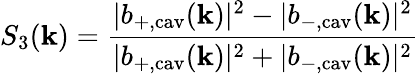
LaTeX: S_{3}(\mathbf{k})=\frac{|b_{+,\mathrm{cav}}(\mathbf{k})|^{2}-|b_{-,\mathrm{cav}}(\mathbf{k})|^{2}}{|b_{+,\mathrm{cav}}(\mathbf{k})|^{2}+|b_{-,\mathrm{cav}}(\mathbf{k})|^{2}}